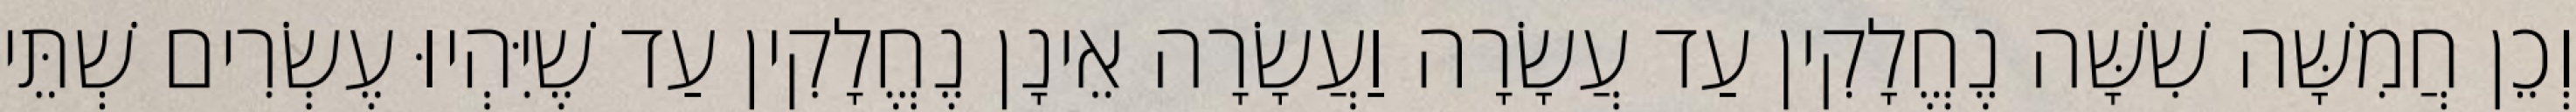
וְכֵן חֲמִשָּׁה שִׁשָּׁה נֶחֱלָקִין עַד עֲשָׂרָה וַעֲשָׂרָה אֵינָן נֶחֱלָקִין עַד שֶׁיִּהְיוּ עֶשְׂרִים שְׁתֵּי